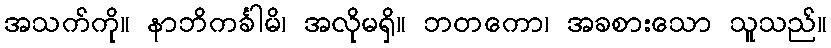
အသက်ကို။ နာဘိကင်္ခါမိ၊ အလိုမရှိ။ ဘတကော၊ အခစားသော သူသည်။